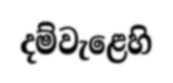
දම්වැළෙහි